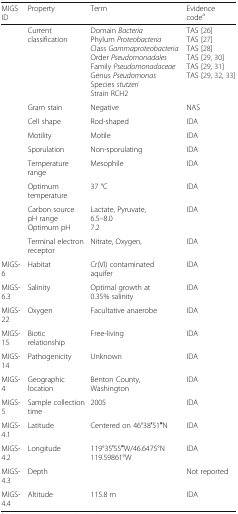
<table><thead><tr><td><b>MIGS ID</b></td><td><b>Property</b></td><td><b>Term</b></td><td><b>Evidence code<sup>a</sup></b></td></tr></thead><tbody><tr><td></td><td>Current classification</td><td>Domain <i>Bacteria</i>Phylum <i>Proteobacteria</i>Class <i>Gammaproteobacteria</i>Order <i>Pseudomonadales</i>Family <i>Pseudomonadaceae</i>Genus <i>Pseudomonas</i>Species <i>stutzeri</i>Strain RCH2</td><td>TAS [26]TAS [27]TAS [28]TAS [29, 30]TAS [29, 31]TAS [29, 32, 33]</td></tr><tr><td></td><td>Gram stain</td><td>Negative</td><td>NAS</td></tr><tr><td></td><td>Cell shape</td><td>Rod-shaped</td><td>IDA</td></tr><tr><td></td><td>Motility</td><td>Motile</td><td>IDA</td></tr><tr><td></td><td>Sporulation</td><td>Non-sporulating</td><td>IDA</td></tr><tr><td></td><td>Temperature range</td><td>Mesophile</td><td>IDA</td></tr><tr><td></td><td>Optimum temperature</td><td>37 °C</td><td>IDA</td></tr><tr><td></td><td>Carbon sourcepH rangeOptimum pH</td><td>Lactate, Pyruvate,6.5–8.07.2</td><td>IDA</td></tr><tr><td></td><td>Terminal electron receptor</td><td>Nitrate, Oxygen,</td><td>IDA</td></tr><tr><td>MIGS-6</td><td>Habitat</td><td>Cr(VI) contaminated aquifer</td><td>IDA</td></tr><tr><td>MIGS-6.3</td><td>Salinity</td><td>Optimal growth at 0.35% salinity</td><td>IDA</td></tr><tr><td>MIGS-22</td><td>Oxygen</td><td>Facultative anaerobe</td><td>IDA</td></tr><tr><td>MIGS-15</td><td>Biotic relationship</td><td>Free-living</td><td>IDA</td></tr><tr><td>MIGS-14</td><td>Pathogenicity</td><td>Unknown</td><td>IDA</td></tr><tr><td>MIGS-4</td><td>Geographic location</td><td>Benton County, Washington</td><td>IDA</td></tr><tr><td>MIGS-5</td><td>Sample collection time</td><td>2005</td><td>IDA</td></tr><tr><td>MIGS-4.1</td><td>Latitude</td><td>Centered on 46°38′51′′N</td><td>IDA</td></tr><tr><td>MIGS-4.2</td><td>Longitude</td><td>119°35′55′′W/46.6475°N 119.59861°W</td><td>IDA</td></tr><tr><td>MIGS-4.3</td><td>Depth</td><td></td><td>Not reported</td></tr><tr><td>MIGS-4.4</td><td>Altitude</td><td>115.8 m</td><td>IDA</td></tr></tbody></table>